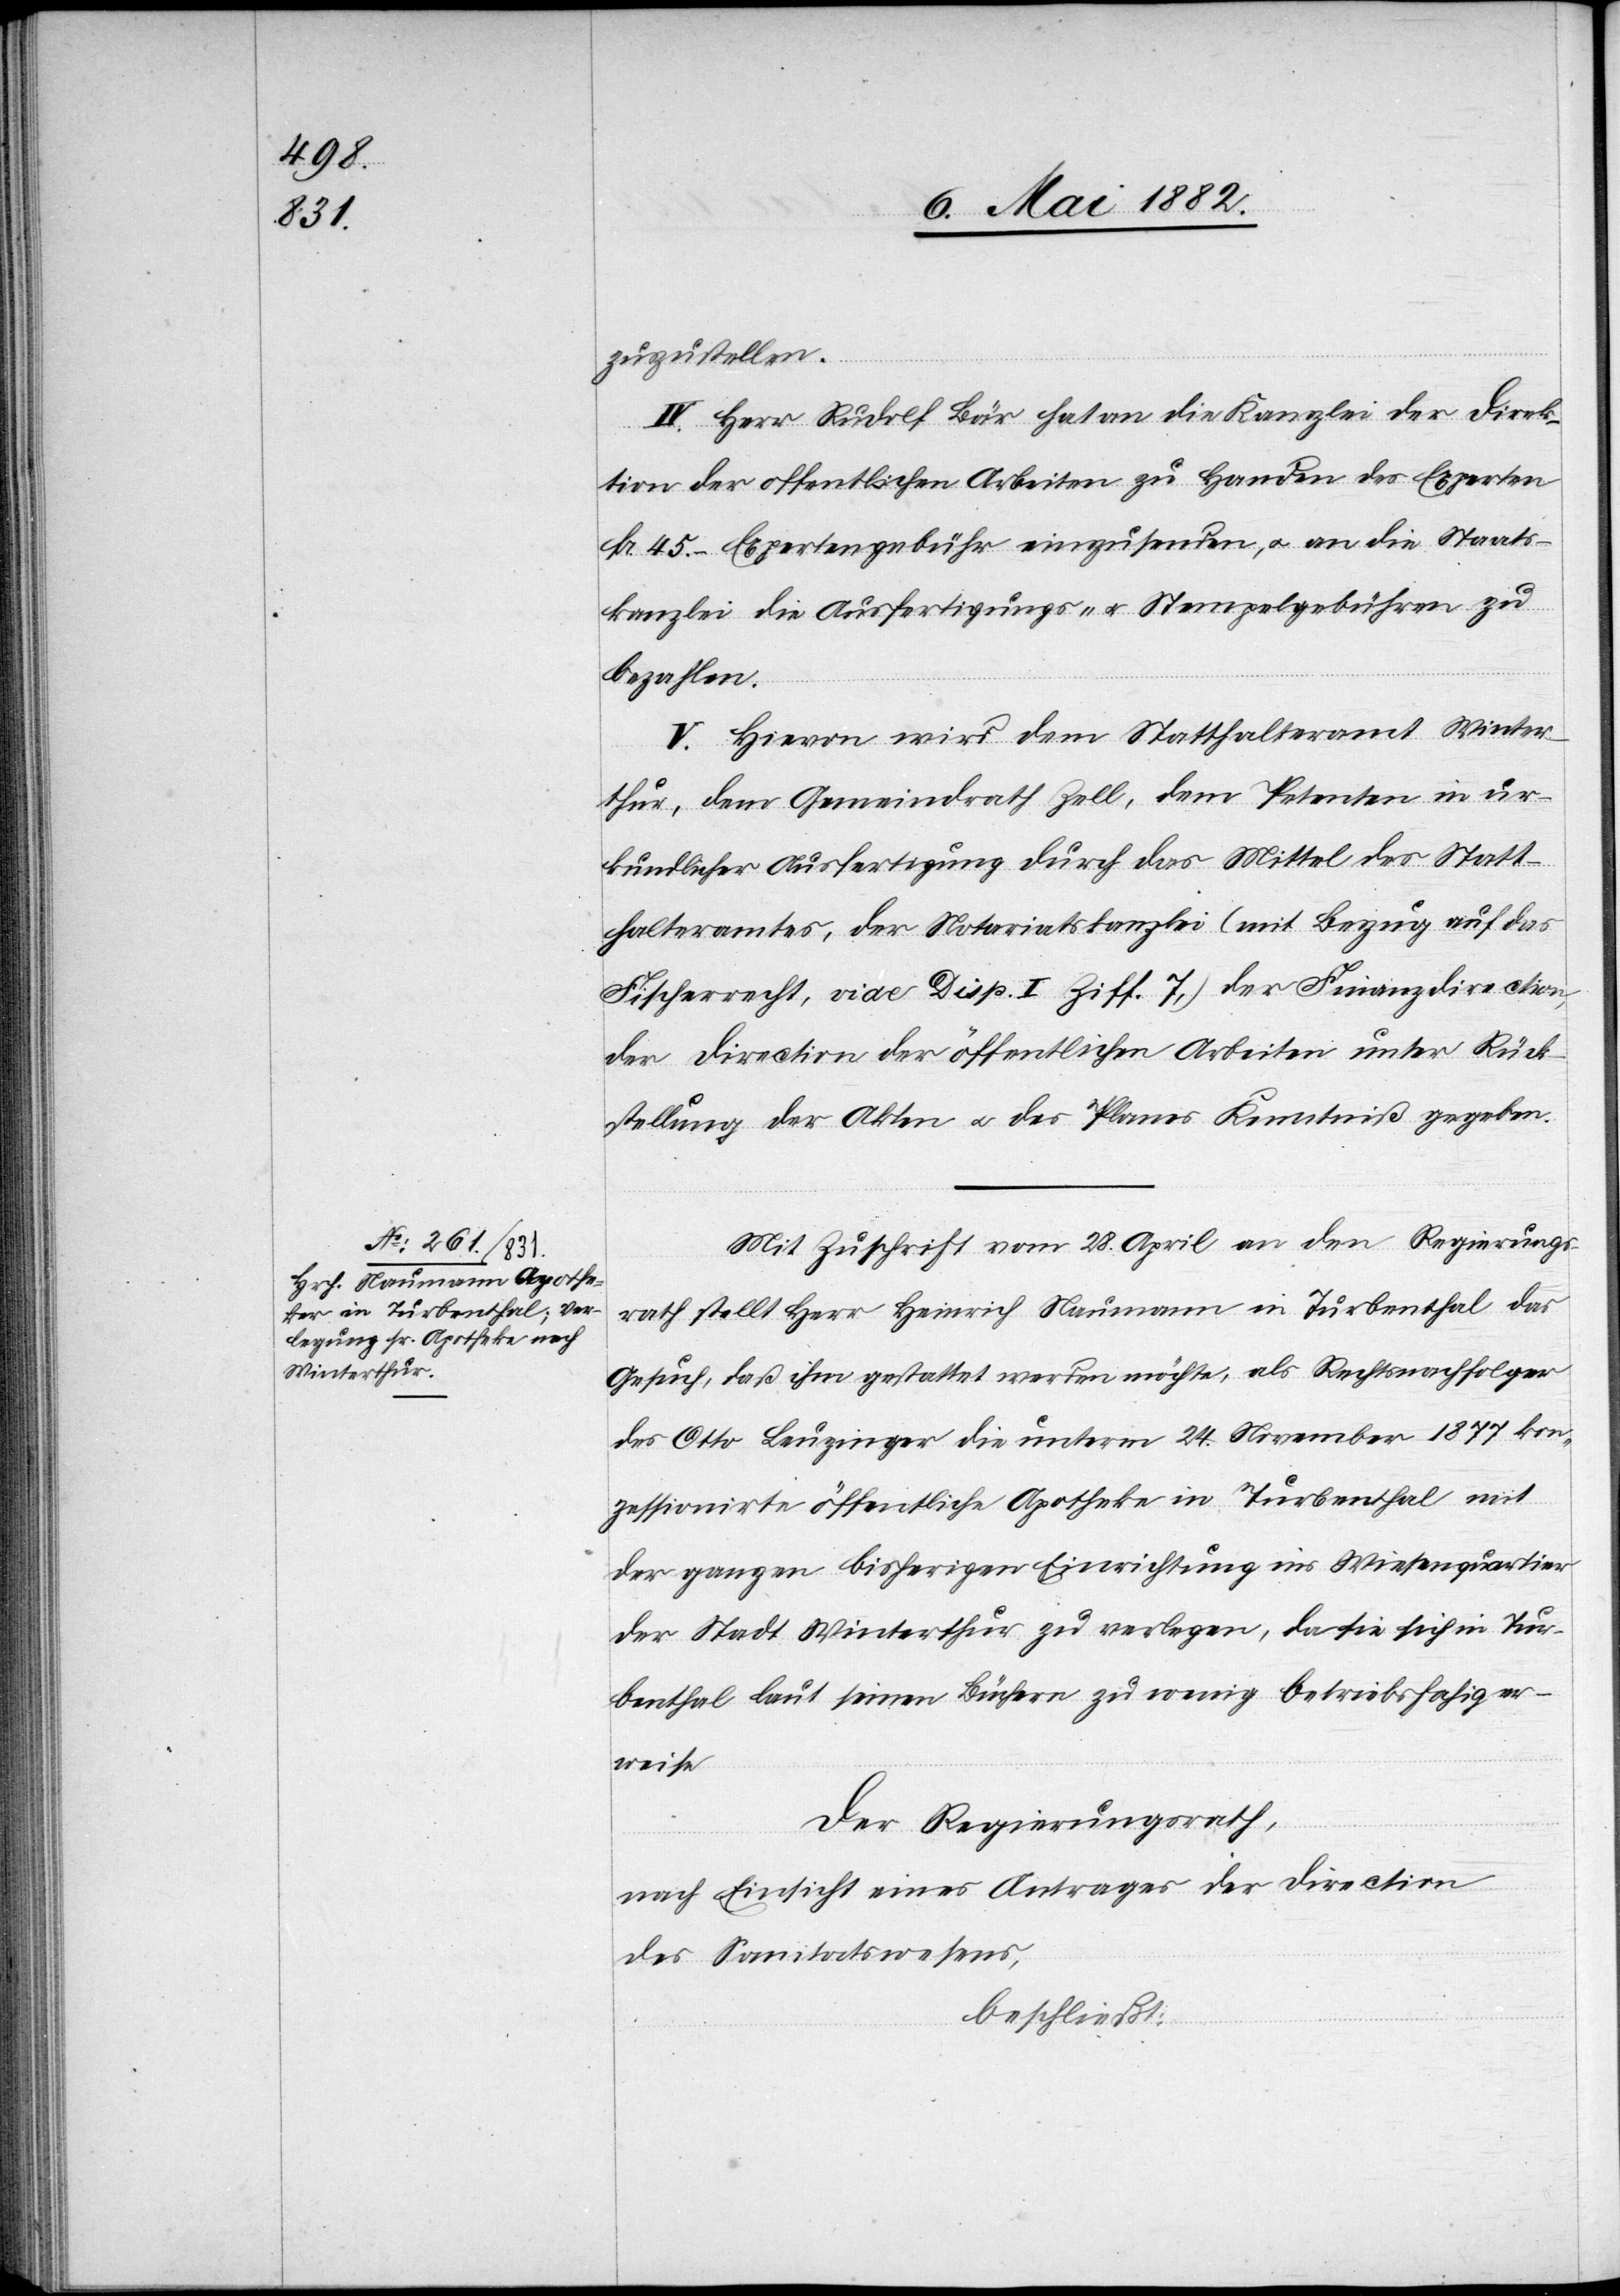
zuzustellen.
IV. Herr Rudolf Bär hat an die Kanzlei der Direk¬
tion der öffentlichen Arbeiten zu Handen des Experten
Fr. 45.– Expertengebühren einzusenden, u. an die Staats¬
kanzlei die Ausfertigungs- & Stempelgebühren zu
bezahlen.
V. Hievon wird dem Statthalteramt Winter¬
thur, dem Gemeindrath Zell, dem Petenten in ur¬
kundlicher Ausfertigung durch das Mittel des Statt¬
halteramtes, der Notariatskanzlei (mit Bezug auf das
Fischerrecht, vide Disp. I Ziff. 7), der Finanzdirection,
der Direction der öffentlichen Arbeiten unter Rück¬
stellung der Akten u. des Planes Kenntniß gegeben.
Mit Zuschrift vom 28. April an den Regierungs¬
rath stellt Herr Heinrich Naumann in Turbenthal das
Gesuch, daß ihm gestattet werden möchte, als Rechtsnachfolger
des Otto Lenzinger die unterm 24. November 1877 kon¬
zessionirte öffentliche Apotheke in Turbenthal mit
der ganzen bisherigen Einrichtung ins Wiesenquartier
der Stadt Winterthur zu verlegen, da sie sich in Tur¬
benthal laut seinen Büchern zu wenige betriebsfähig er¬
weise.
Der Regierungsrath,
nach Einsicht eines Antrages der Direction
des Sanitätswesens,
beschließt: